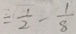
= \frac { 1 } { 2 } - \frac { 1 } { 8 }